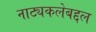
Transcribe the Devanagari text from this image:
नाट्यकलेबद्दल